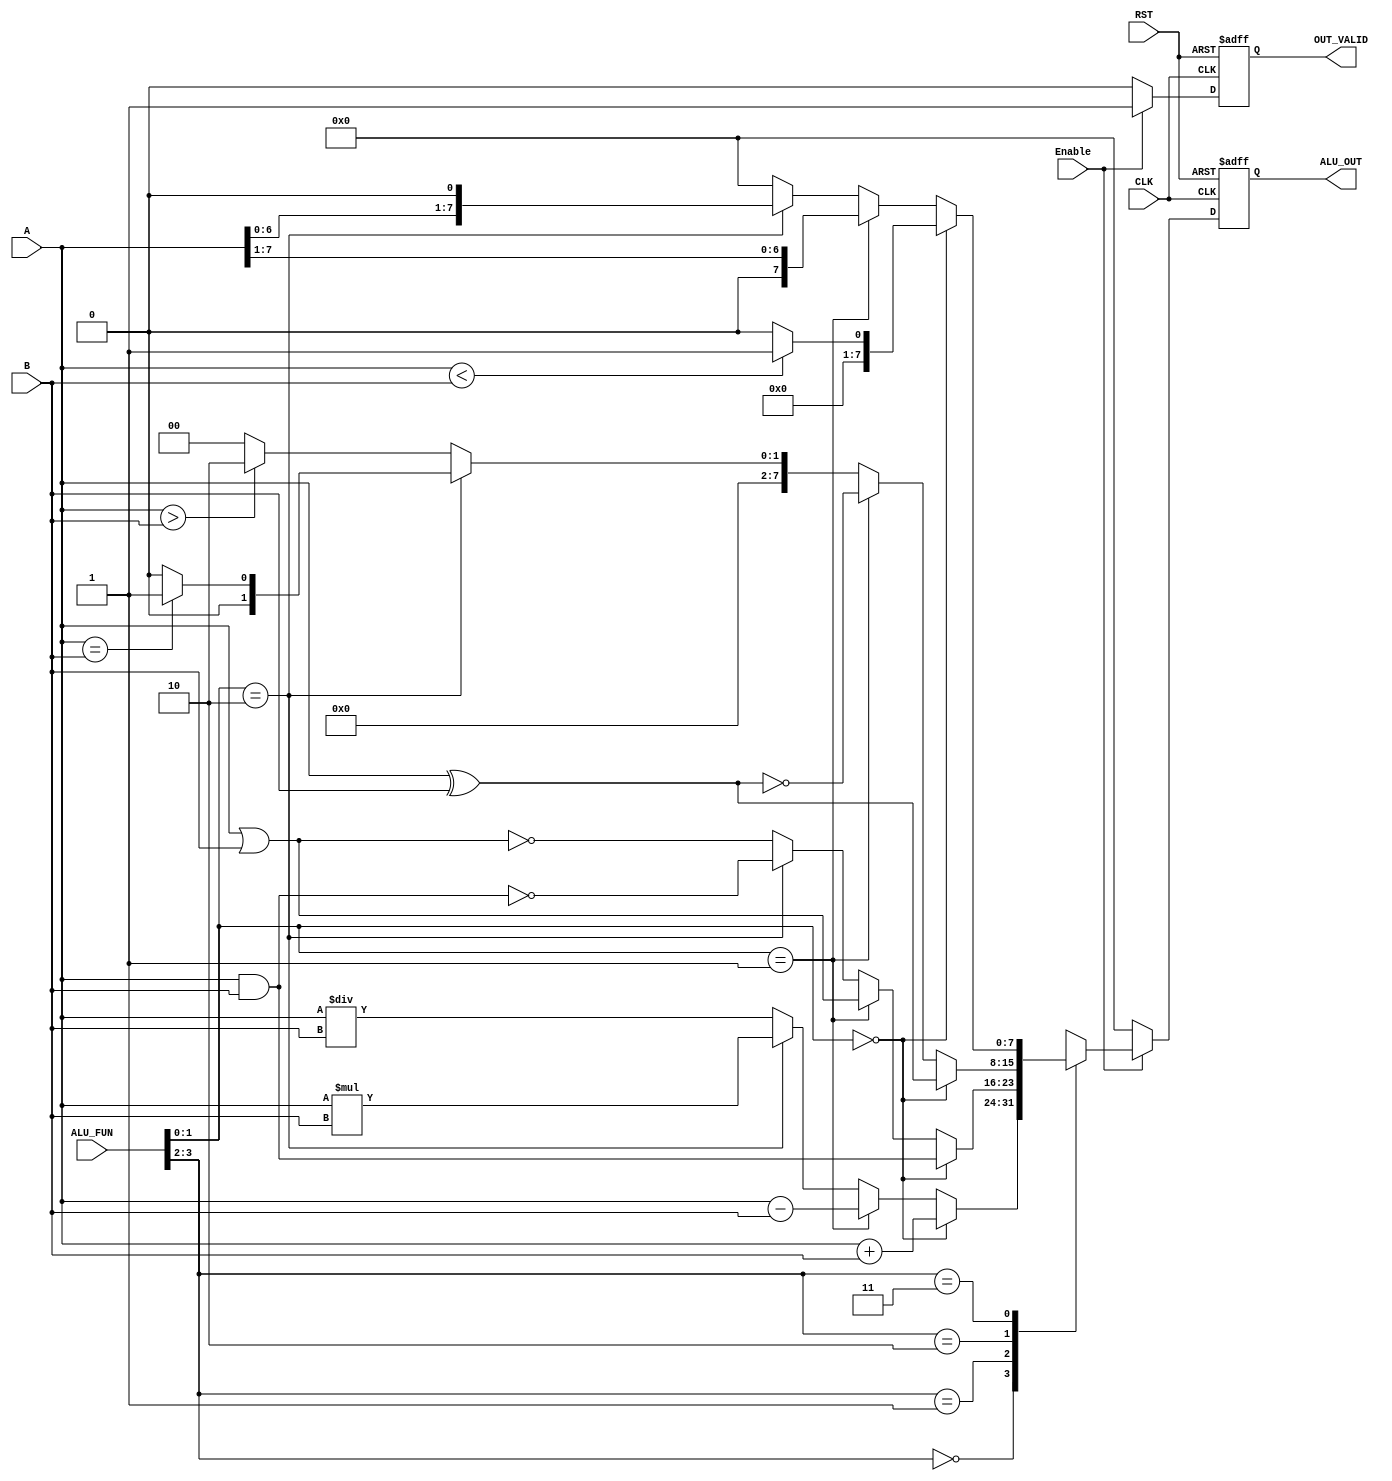
`timescale 1ns / 1ps
//////////////////////////////////////////////////////////////////////////////////
// Company: 
// Engineer: 
// 
// Design Name: 
// Module Name: top_alu
// Project Name: 
// Target Devices: 
// Tool Versions: 
// Description: 
// 
// Dependencies: 
// 
// Revision:
// Revision 0.01 - File Created
// Additional Comments:
// 
//////////////////////////////////////////////////////////////////////////////////


module ALU #( parameter data_width=8,alu_fun_bits=4)
(input [data_width-1:0] A,
input [data_width-1:0] B,
input [alu_fun_bits-1:0] ALU_FUN,
input Enable,
input CLK,
input RST,
output reg [data_width-1:0] ALU_OUT,
output reg OUT_VALID
    );

reg [data_width-1:0] temp;
    
always@(posedge CLK or negedge RST)
begin
    if(!RST)
    begin
    ALU_OUT<={data_width-1{1'b0}};
    OUT_VALID<=1'b0;
    end
    else
    if(Enable)
    begin
    ALU_OUT<=temp;
    OUT_VALID<=1'b1;
    end
    else
    begin
    ALU_OUT<={data_width-1{1'b0}};
    OUT_VALID<=1'b0;
    end
end    


always@(*)
begin
    case(ALU_FUN[3:2])
    2'b00:begin
                if(ALU_FUN[1:0]==2'b00)
                begin
                    temp=A+B;
                end
                else if(ALU_FUN[1:0]==2'b01)
                begin
                    temp=A-B;
                end
                else if(ALU_FUN[1:0]==2'b10)
                begin
                    temp=A*B;
                end
                else 
                begin
                    temp=A/B;
                end
            end
    2'b01:begin
                if(ALU_FUN[1:0]==2'b00)
                begin
                    temp=A&B;
                end
                else if(ALU_FUN[1:0]==2'b01)
                begin
                    temp=A|B;
                end
                else if(ALU_FUN[1:0]==2'b10)
                begin
                    temp=~(A&B);
                end                                
                else
                begin
                    temp=~(A|B);
                end                
            end
    2'b10:begin
                if(ALU_FUN[1:0]==2'b00)
                begin
                    temp=A^B;
                end
                else if(ALU_FUN[1:0]==2'b01)
                begin
                    temp=~(A^B);
                end  
                else if(ALU_FUN[1:0]==2'b10)
                begin
                    if(A==B)
                    temp=16'b0000000000000001;
                    else
                    temp=16'b0000000000000000;
                end  
                else 
                begin
                    if(A>B)
                    temp=16'b0000000000000010;
                    else
                    temp=16'b0000000000000000;
                end                                              
            end 
    2'b11:begin
                if(ALU_FUN[1:0]==2'b00)
                begin
                    if(A<B)
                    temp=16'b0000000000000001;
                    else
                    temp=16'b0000000000000000;
                end                  
                else if(ALU_FUN[1:0]==2'b01)
                begin
                    temp=A>>1;
                end
                else if(ALU_FUN[1:0]==2'b10)
                begin
                    temp=A<<1;
                end
                else
                    temp=16'b0000000000000000;                
            end 
    default:begin
                temp=16'b0000000000000000;
            end                                                      
            endcase    
end



    
endmodule